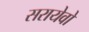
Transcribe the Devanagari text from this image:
सरायेवो